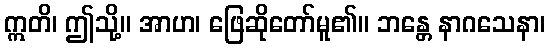
ဣတိ၊ ဤသို့။ အာဟ၊ ဖြေဆိုတော်မူ၏။ ဘန္တေ နာဂသေနာ၊